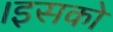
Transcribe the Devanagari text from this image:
।इसको